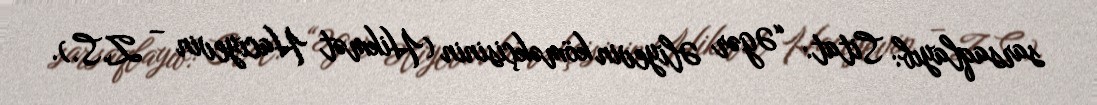
sarsaqlayıb: Sitat: “Əgər Əliyevin köməkçisinin (Hikmət Hacıyevin – Z.S.).